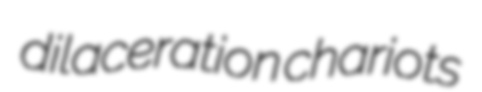
dilaceration chariots